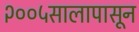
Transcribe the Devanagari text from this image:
२००५सालापासून